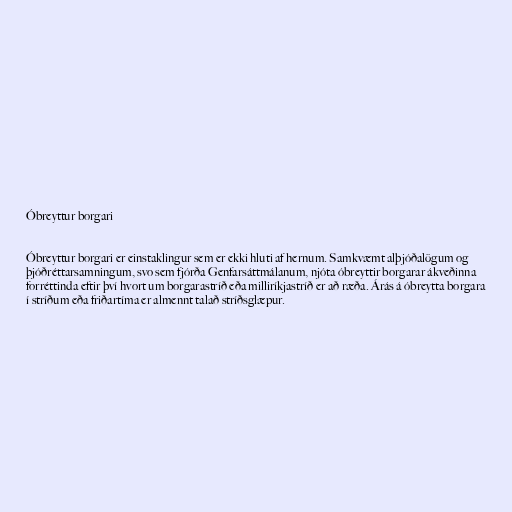
Óbreyttur borgari

Óbreyttur borgari er einstaklingur sem er ekki hluti af hernum. Samkvæmt alþjóðalögum og
þjóðréttarsamningum, svo sem fjórða Genfarsáttmálanum, njóta óbreyttir borgarar ákveðinna
forréttinda eftir því hvort um borgarastríð eða milliríkjastríð er að ræða. Árás á óbreytta borgara
í stríðum eða friðartíma er almennt talað stríðsglæpur.